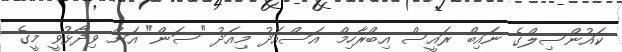
ކައުންސިލްގެ ނައިބް ރައީސް އިބްރާހިމް އަސްއަދު މިއަދު "ސަން" އަށް ވިދާޅުވީ މީގެ